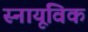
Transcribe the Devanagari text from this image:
स्नायूविक